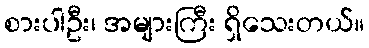
စားပါဦး၊ အများကြီး ရှိသေးတယ်။